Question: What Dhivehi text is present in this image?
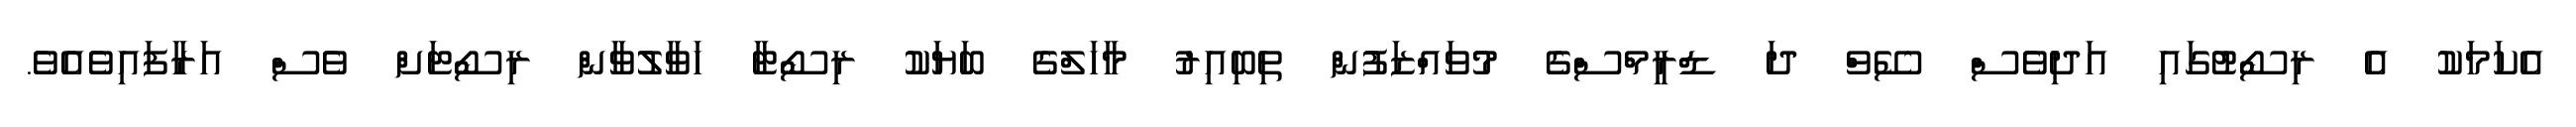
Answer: އެކަމަކު އެ ރިސޯޓުގައި އަދިވެސް ސޭވް ދަ ޑްރީމްސްގެ މުވައްޒަފުން ތިބިއިރު މާހަލްގެ ބަޔަކު ރިސޯޓާ ހަވާލުވާން ރިސޯޓަށް ވެސް އަރާފައިވެއެވެ.